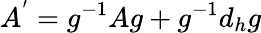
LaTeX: A^{'}=g^{-1}Ag+g^{-1}d_{h}g